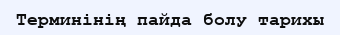
Терминінің пайда болу тарихы